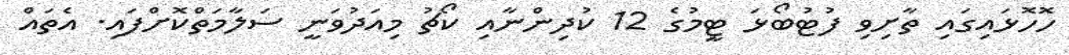
ހޮހޮޅައިގައި ތާށިވި ފުޓުބޯޅަ ޓީމުގެ 12 ކުދިންނާއި ކޯޗު މިއަދުވަނީ ސަލާމަތްކޮށްފައި. އެތައް